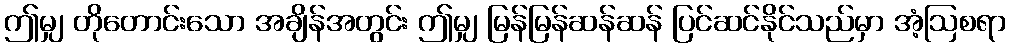
ဤမျှ တိုတောင်းသော အချိန်အတွင်း ဤမျှ မြန်မြန်ဆန်ဆန် ပြင်ဆင်နိုင်သည်မှာ အံ့ဩစရာ